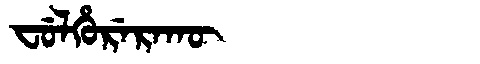
Manchu: ᠸᡠᠯᡥᡠᡵᡝᡵᠠᡴᡡ
Romanization: FULHURERAKŪ